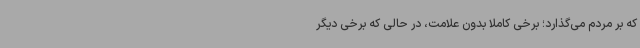
که بر مردم می‌گذارد؛ برخی کاملاً بدون علامت، در حالی که برخی دیگر